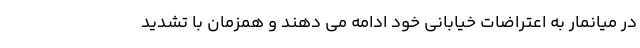
در میانمار به اعتراضات خیابانی خود ادامه می دهند و همزمان با تشدید